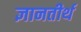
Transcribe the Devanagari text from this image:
ज्ञानतीर्थ